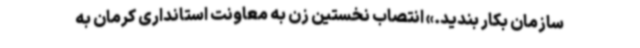
سازمان بکار بندید.» انتصاب نخستین زن به معاونت استانداری کرمان به